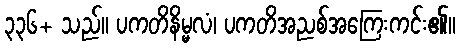
၃၃၆+ သည်။ ပကတိနိမ္မလံ၊ ပကတိအညစ်အကြေးကင်း၏။